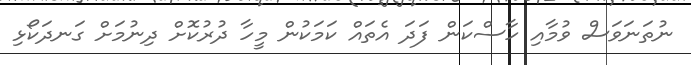
ނުތަނަވަސް ވުމާއި ހާސްކަން ފަދަ އެތައް ކަމަކުން މީހާ ދުރުކޮށް ދިނުމަށް ގަނދަކޯޅި